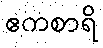
ဧကစာရိ